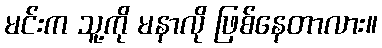
မင်းက သူ့ကို မနာလို ဖြစ်နေတာလား။